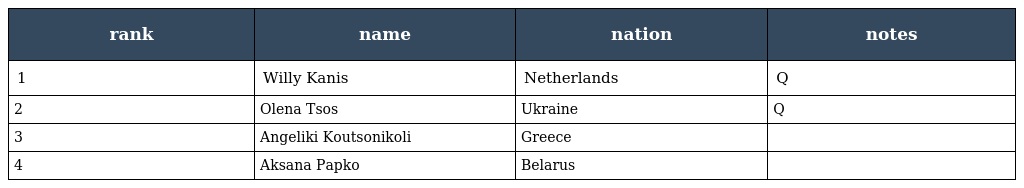
| rank | name | nation | notes |
 | --- | --- | --- | --- |
 | 1 | Willy Kanis | Netherlands | Q |
 | 2 | Olena Tsos | Ukraine | Q |
 | 3 | Angeliki Koutsonikoli | Greece |  |
 | 4 | Aksana Papko | Belarus |  |